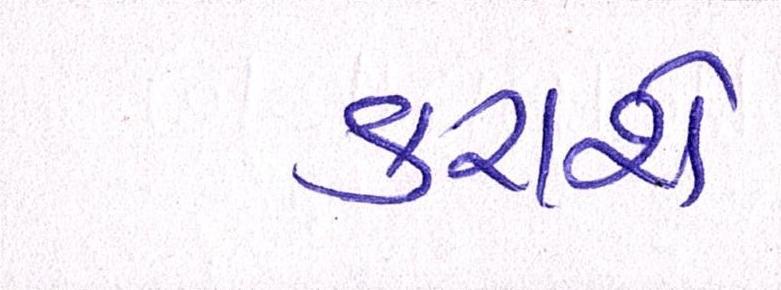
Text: કરાશે